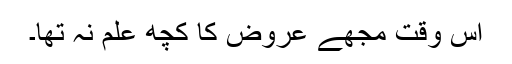
اس وقت مجھے عروض کا کچھ علم نہ تھا۔